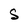
Character: S